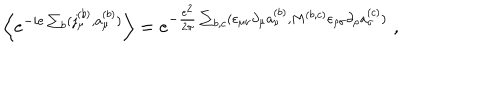
\Big \langle e ^ { - i e \sum _ { b } ( j _ { \mu } ^ { ( b ) } , a _ { \mu } ^ { ( b ) } ) } \Big \rangle = e ^ { - \frac { e ^ { 2 } } { 2 \pi } \sum _ { b , c } ( \varepsilon _ { \mu \nu } \partial _ { \mu } a _ { \nu } ^ { ( b ) } , M ^ { ( b , c ) } \varepsilon _ { \rho \sigma } \partial _ { \rho } a _ { \sigma } ^ { ( c ) } ) } \; ,